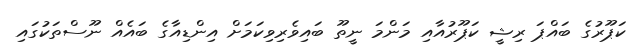
ކަޕޫރުގެ ބައްޕަ ރިޝީ ކަޕޫރުއާއި މަންމަ ނީތޫ ބައިވެރިވިކަމަށް އިންޑިއާގެެ ބައެއް ނޫސްތަކުގައި